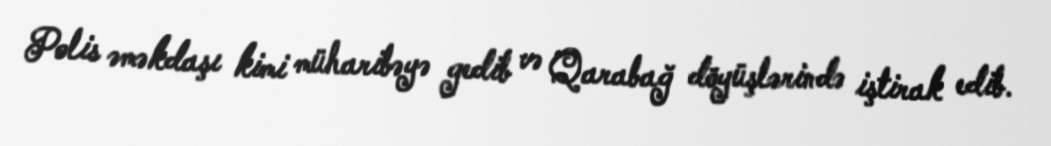
Polis əməkdaşı kimi müharibəyə gedib və Qarabağ döyüşlərində iştirak edib.